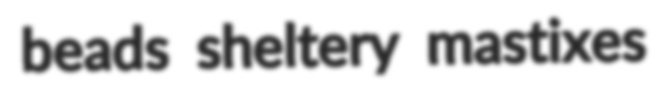
beads sheltery mastixes